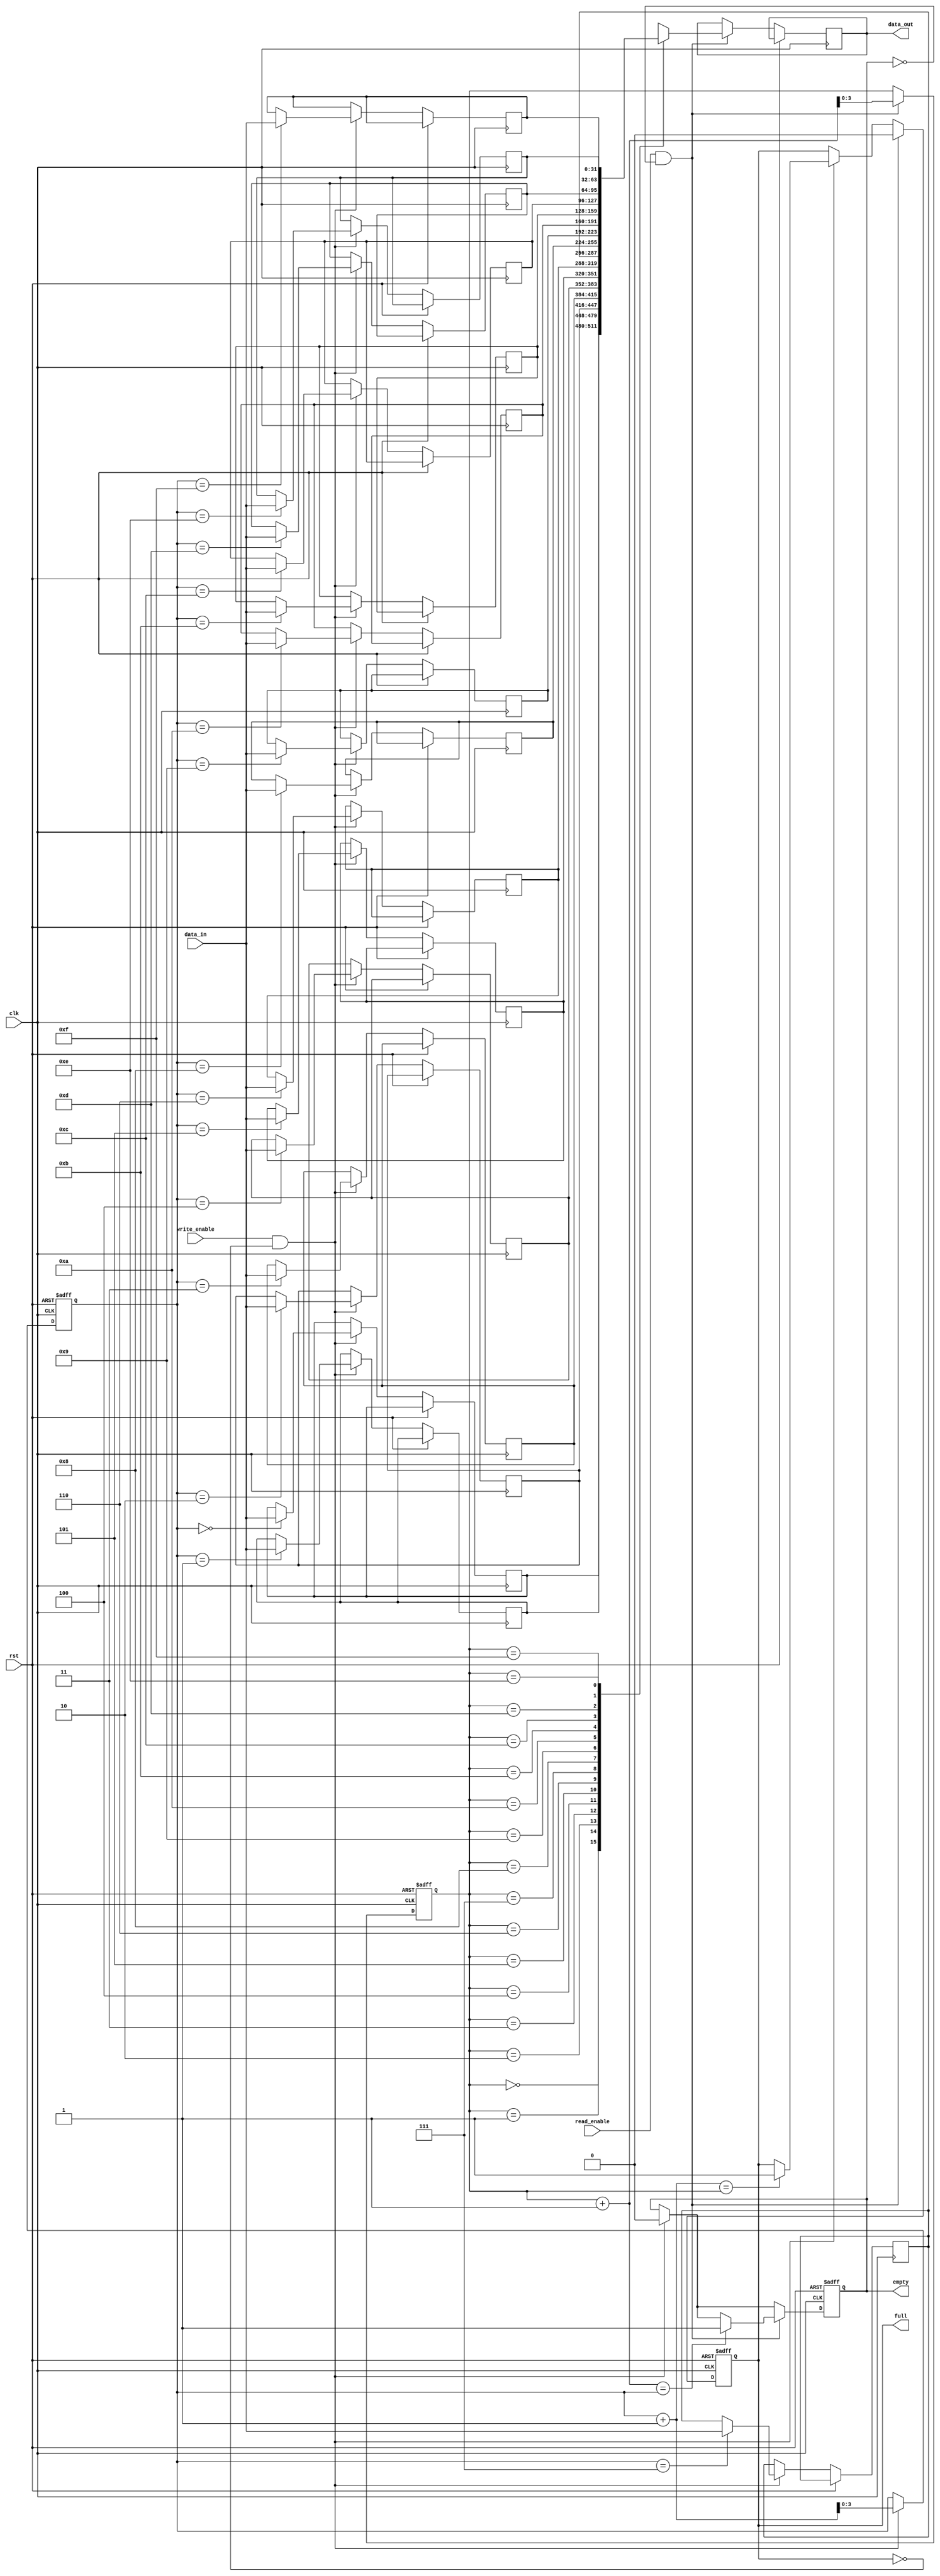
module fifo #(
    parameter DATA_WIDTH = 32,
    parameter FIFO_DEPTH = 16
)(
    input wire clk,                  // Clock for the FIFO
    input wire rst,                  // Reset signal
    input wire write_enable,         // Write enable signal
    input wire [DATA_WIDTH-1:0] data_in, // Data input
    input wire read_enable,          // Read enable signal
    output reg [DATA_WIDTH-1:0] data_out, // Data output
    output reg empty,                // FIFO empty flag
    output reg full                  // FIFO full flag
);

    reg [DATA_WIDTH-1:0] fifo_mem [0:FIFO_DEPTH-1];
    reg [3:0] write_pointer, read_pointer; // Pointers for FIFO

    initial begin
        write_pointer = 0;
        read_pointer = 0;
        empty = 1;
        full = 0;
    end

    always @(posedge clk or posedge rst) begin
        if (rst) begin
            write_pointer <= 0;
            read_pointer <= 0;
            empty <= 1;
            full <= 0;
        end else begin
            if (write_enable && !full) begin
                fifo_mem[write_pointer] <= data_in;
                write_pointer <= write_pointer + 1;
                if (write_pointer + 1 == read_pointer)
                    full <= 1;
                empty <= 0;
            end
            if (read_enable && !empty) begin
                data_out <= fifo_mem[read_pointer];
                read_pointer <= read_pointer + 1;
                if (read_pointer + 1 == write_pointer)
                    empty <= 1;
                full <= 0;
            end
        end
    end

endmodule